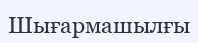
Шығармашылғы